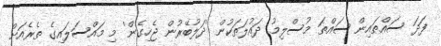
ފަދަ ސައްތައިން ސައްތަ މުސްލިމު ދައުލަތަކުން 'ދަލުބޭރުން ޖެހިގެން' މި މައްސަލައިގެ ތެރެއަށް